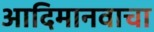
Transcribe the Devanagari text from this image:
आदिमानवाचा